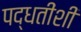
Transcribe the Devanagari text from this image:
पद्धतींशी